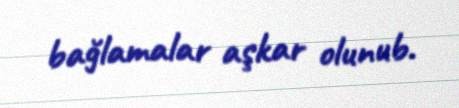
bağlamalar aşkar olunub.